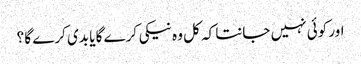
اور کوئی نہیں جانتا کہ کل وہ نیکی کرے گا یا بدی کرے گا ؟